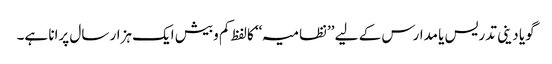
گویا دینی تدریس یا مدارس کے لیے ’’نظامیہ‘‘ کالفظ کم وبیش ایک ہزار سال پرانا ہے۔